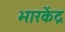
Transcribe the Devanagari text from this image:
भारकेंद्र